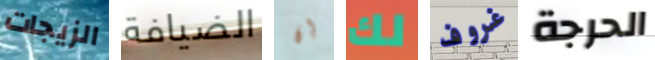
الزيجات الضيافة إن لك غروف الحرجة